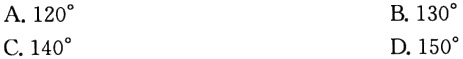
A. \(120^{\circ}\)
B. \(130^{\circ}\)
C. \(140^{\circ}\)
D. \(150^{\circ}\)